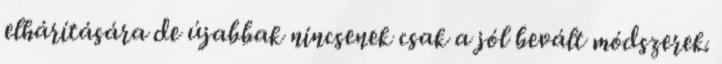
elhárítására de újabbak nincsenek csak a jól bevált módszerek.